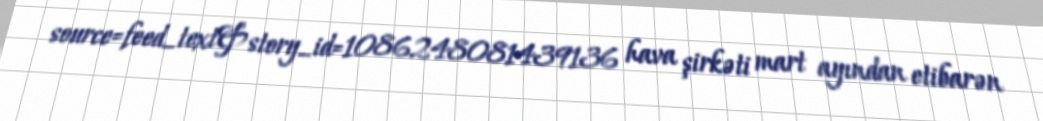
source=feed_text&story_id=1086248081439136 hava şirkəti mart ayından etibarən